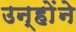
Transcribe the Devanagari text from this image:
उन्हाेंने